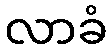
လာခံ